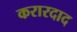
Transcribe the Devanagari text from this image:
करारदाद